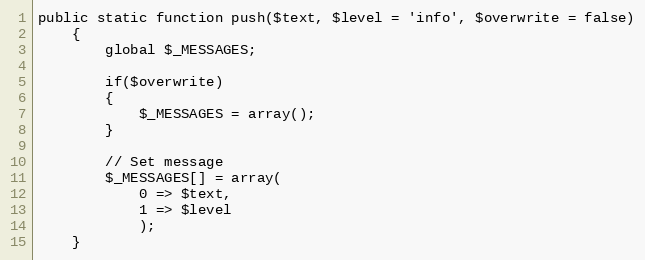
Language: PHP
public static function push($text, $level = 'info', $overwrite = false)
	{
		global $_MESSAGES;

		if($overwrite)
		{
			$_MESSAGES = array();
		}

		// Set message
		$_MESSAGES[] = array(
			0 => $text,
			1 => $level
			);
	}